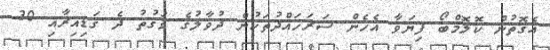
އެގޮތުން ކޮލޮމްބޯ ފިޔަވާ އެހެން ސަރަހައްދުތަކުން ދުވާލުގެ ވަގުތު ދެ ގަޑިއިރާއި 30